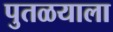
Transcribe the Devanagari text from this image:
पुतळयाला